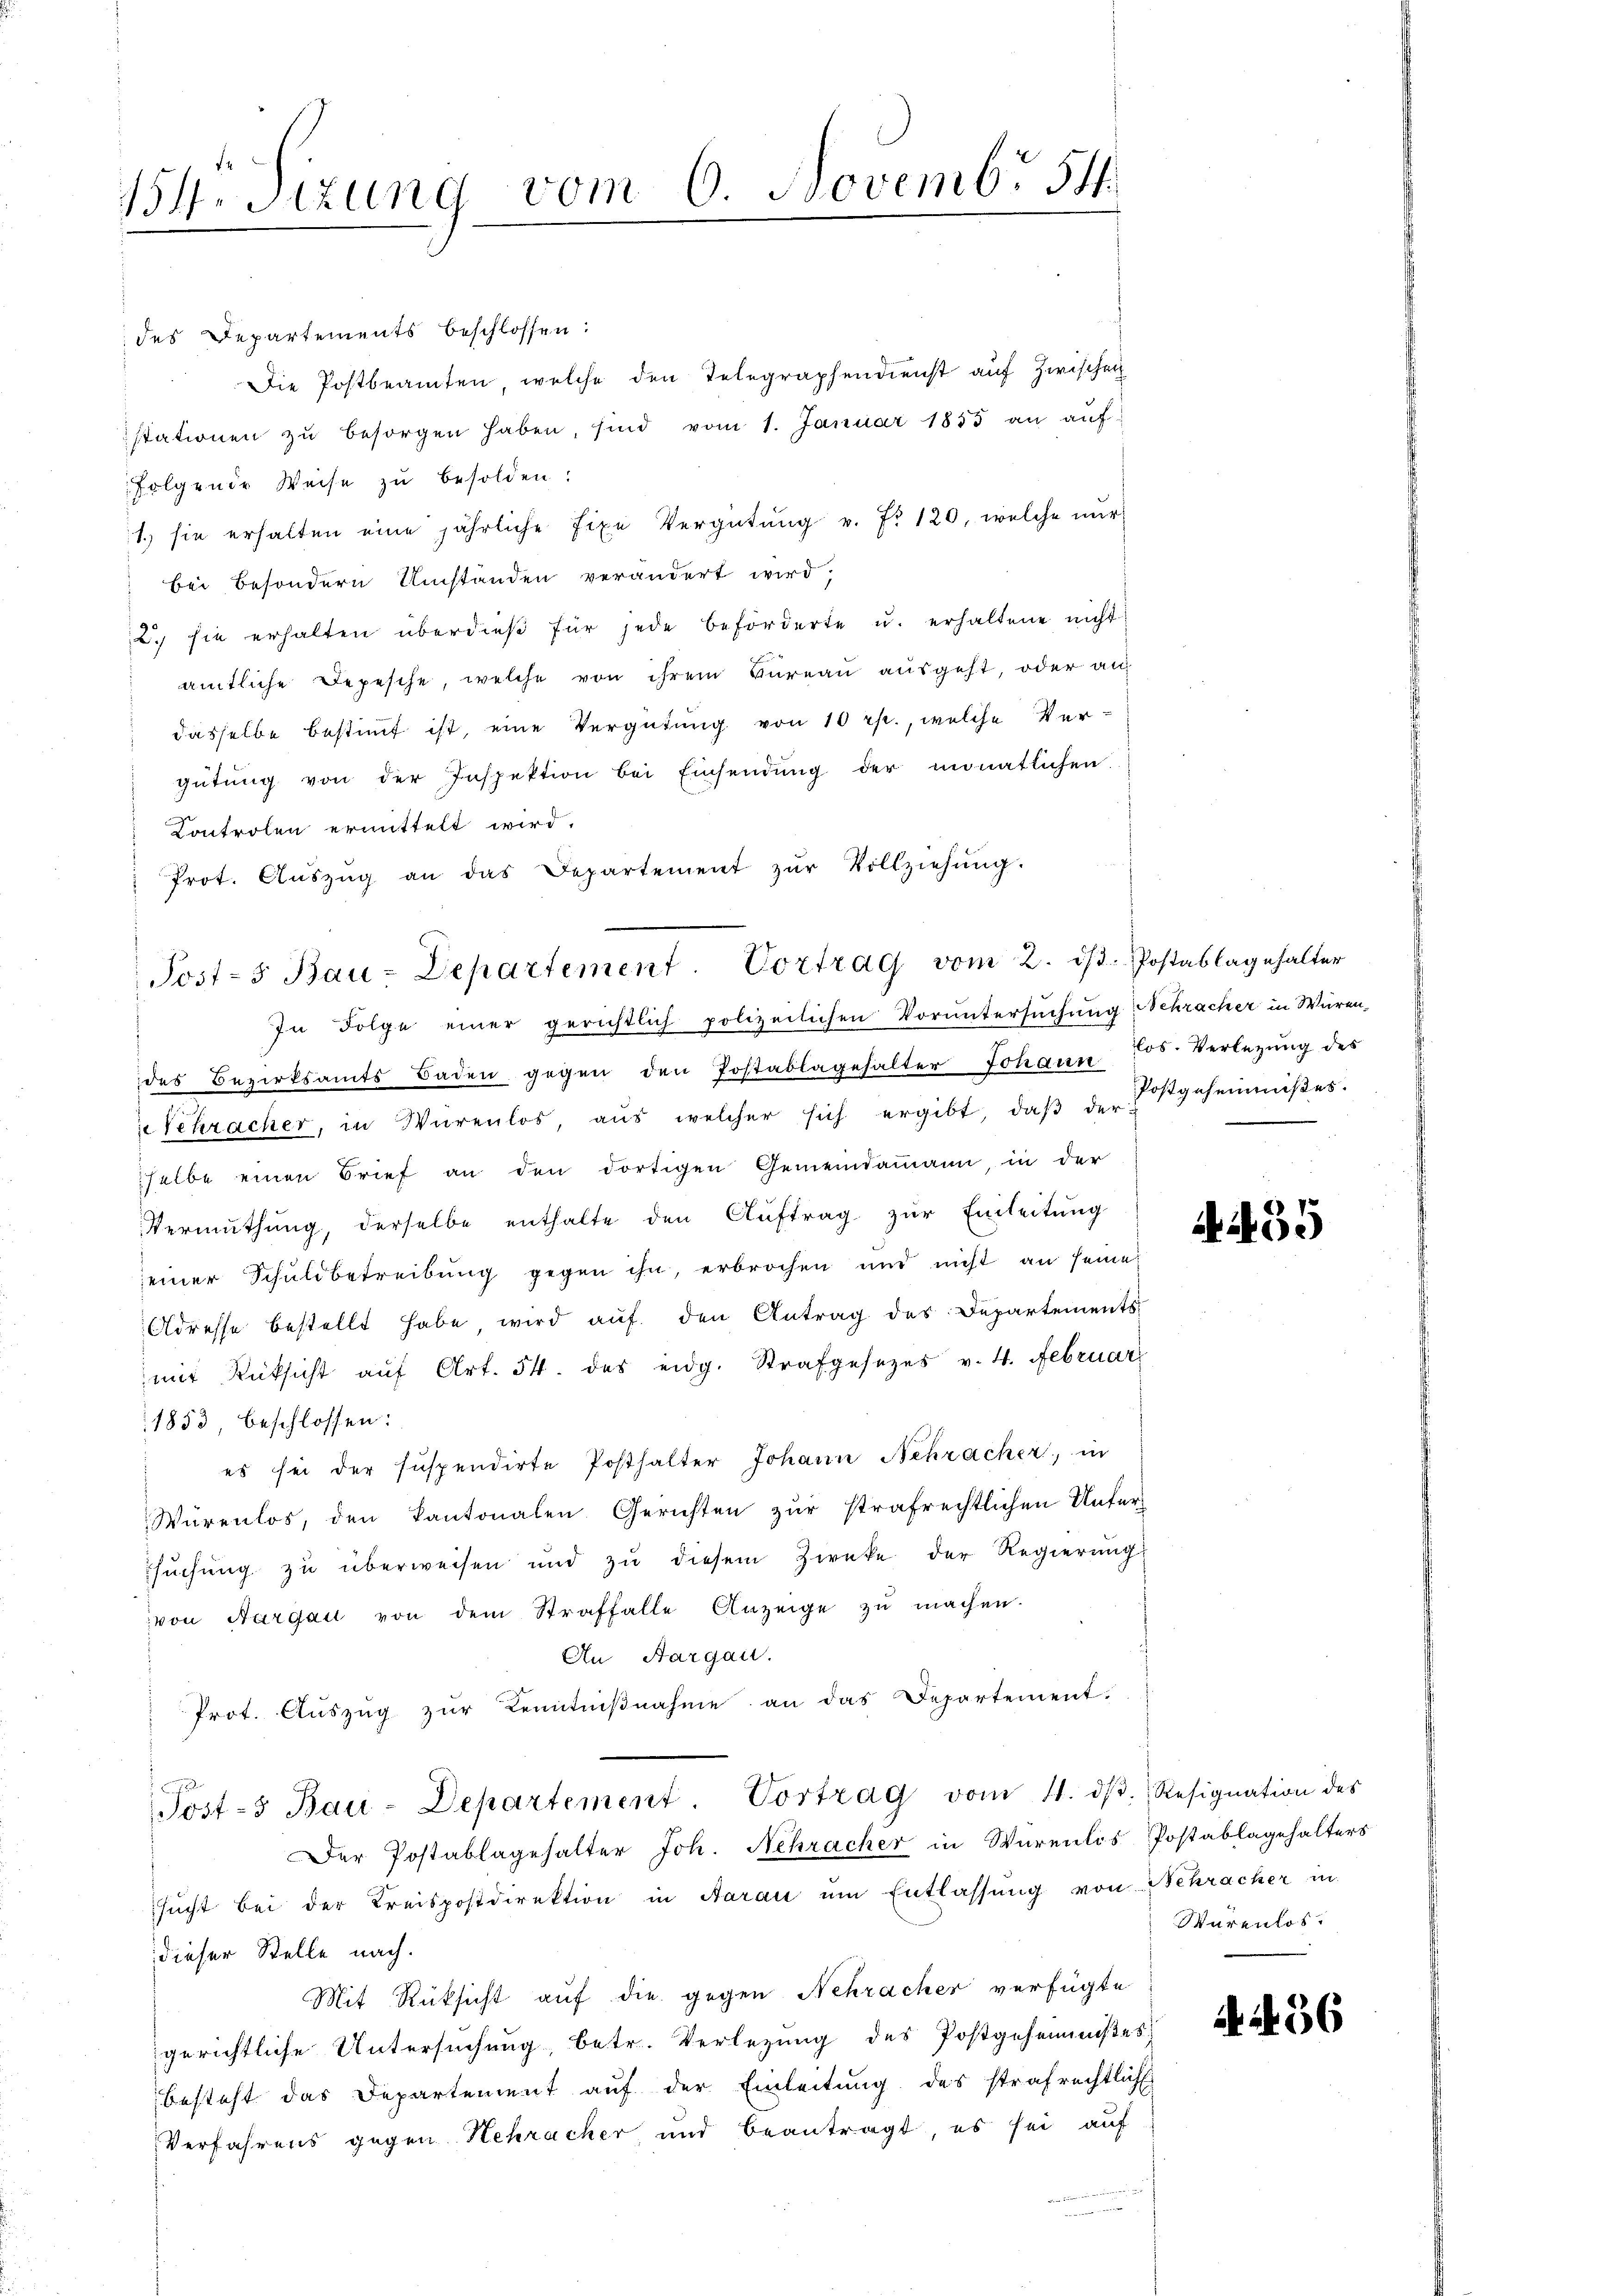
154. Sizung vom 6. Novemb. 54

des Departements beschlossen:
Die Postbeamten, welche den Telegraphendienst auf Zwischen
stationen zŭ besorgen haben, sind vom 1. Januar 1855 an aŭf-
folgende Weise zŭ besolden:
1. sie erhalten eine jährliche fixe Vergütŭng v. fr. 120, welche nŭr
bei besondern Umständen verändert wird;
2. sie erhalten überdieβ für jede beförderte u. erhaltene nicht
amtliche Depesche, welche von ihrem Büreau ausgeht, oder an
 dasselbe bestimmt ist, eine Vergütung von 10 rp., welche Vergütŭng von der Inspektion bei Einsendŭng der monatlichen
Controlen ermittelt wird.
" Prot. Aŭszŭg an das Departement zŭr Vollziehŭng.
des Bezirksamts Baden gegen den Postablagehalter Johann 55. Verlegŭng des
e Schracker, in Würenlos, aŭs welcher sich ergibt, daβ der Erstgeheimniβes.
halbe einen Brief an den dortigen Gemeindammann in der
Vermuthung, derselbe enthalte den Aŭftrag zŭr Einleitung
einer Schuldbetreibung gegen ihn, erbrochen und nicht an seine
Adresse bestellt habe wird auf den Antrag des Departements
mit Rücksicht aŭf Art. 54. des eidg. Strafgesezes v. 4. Februar
1853 beschlossen:
es sei der suspendirte Posthalter Johann Schracker, in
Würenlos, den Kantonalen Gerichten zŭr strafrechtlichen Unter-
suchung zu überweisen und zu diesem Zwecke der Regierung
von Aargau von dem Straffalle Anzeige zŭ machen.
An Aargau.
Prot. Aŭszŭg zŭr Kenntniβnahme an das Departement.
Post-3 Bau-Departement. Vortrag vom 4. dβ. Resignation des
Der Postablagehalter Joh. Schracher in Würenlos Postablagehalters
sucht bei der Kreispostdirektion in Aarau um Entlassung von Schracher in
dieser Stelle nach.
Mit Rüksicht auf die gegen Nehracher verfügte
gerichtliche Untersuchung, betr. Verlegung des Postgeheimises
besteht das Departement auf der Einleitung des strafrechtlich
Verfahrens gegen Hehracher und beantragt, es sei auf

Post-5 Bau-Departement. Vortrag vom 2. dβ. Postablagehalter
In Folge einer gerichtlich polizeilichen Voruntersuchung Schracher in Würen-

435

Warenlos.

A. 436